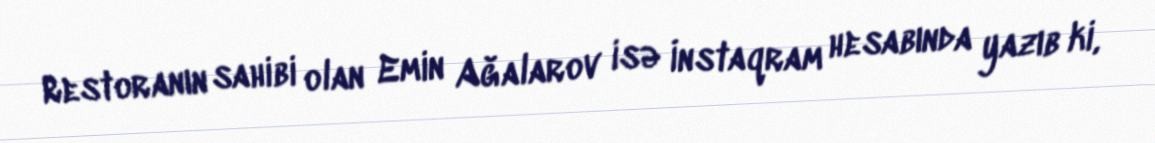
Restoranın sahibi olan Emin Ağalarov isə İnstaqram hesabında yazıb ki,